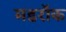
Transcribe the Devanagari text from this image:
मडरॉक